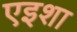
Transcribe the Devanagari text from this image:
एइशा